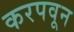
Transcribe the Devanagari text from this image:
करपवून